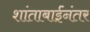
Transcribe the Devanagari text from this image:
शांताबाईंनंतर